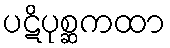
ပဋိပုစ္ဆကထာ